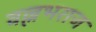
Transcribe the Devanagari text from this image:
वल्लभराज